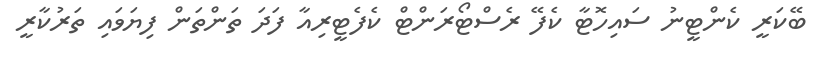
ބޭކަރީ ކެންޓީނު ސައިހޮޓާ ކެފޭ ރެސްޓޯރަންޓް ކެފެޓީރިއާ ފަދަ ތަންތަން ފިޔަވައި ތަރުކާރީ